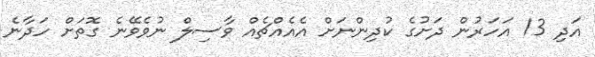
އަދި 13 އަހަރުން ދަށުގެ ކުދިންނަށް އެއެއްޗެއް ވާސިލް ނުވެވޭނެ ގޮތަށް ހަދާނެ